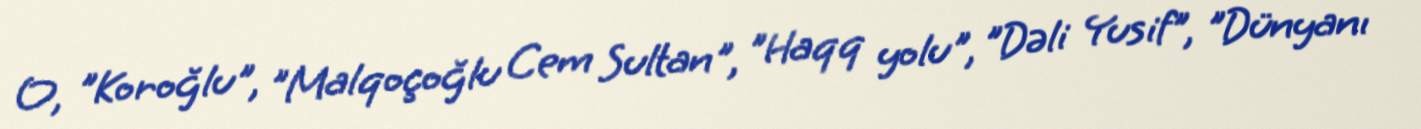
O, "Koroğlu", "Malqoçoğlu Cem Sultan", "Haqq yolu", "Dəli Yusif", "Dünyanı